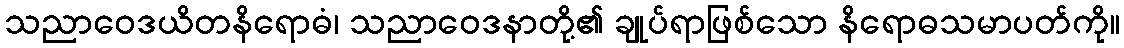
သညာဝေဒယိတနိရောဓံ၊ သညာဝေဒနာတို့၏ ချုပ်ရာဖြစ်သော နိရောဓသမာပတ်ကို။